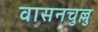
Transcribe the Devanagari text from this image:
वासनचुल्लु